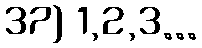
37) 1,2,3...